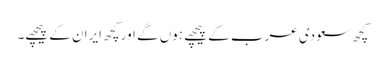
کچھ سعودی عرب کے پیچھے ہوں گے اور کچھ ایران کے پیچھے۔